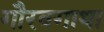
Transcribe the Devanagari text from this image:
गौरवगाथा